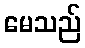
မေသည်